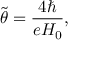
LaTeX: { \tilde { \theta } } = \frac { 4 \hbar } { e H _ { 0 } } ,